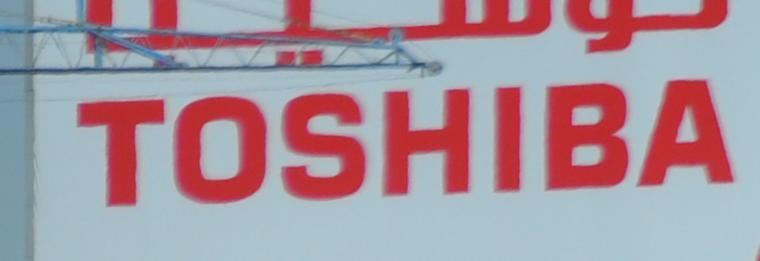
toshiba